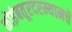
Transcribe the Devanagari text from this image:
कोइंबतूरदरम्यानचे